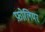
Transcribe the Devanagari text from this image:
फ़ोलियर